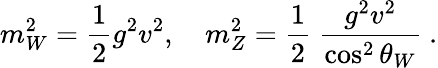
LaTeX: m_{W}^{2}=\frac{1}{2}g^{2}v^{2},\quad m_{Z}^{2}=\frac{1}{2}~\frac{g^{2}v^{2}}{\cos^{2}\theta_{W}}~.